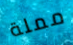
مملة